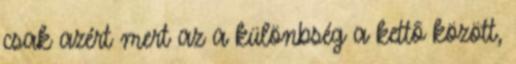
csak azért mert az a különbség a kettõ között,